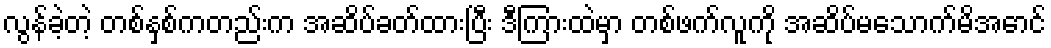
လွန်ခဲ့တဲ့ တစ်နှစ်ကတည်းက အဆိပ်ခတ်ထားပြီး ဒီကြားထဲမှာ တစ်ဖက်လူကို အဆိပ်မသောက်မိအောင်